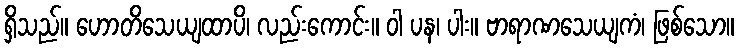
ရှိသည်။ ဟောတိသေယျထာပိ၊ လည်းကောင်း။ ဝါ ပန၊ ပါး။ ဗာရာဏသေယျကံ၊ ဖြစ်သော။